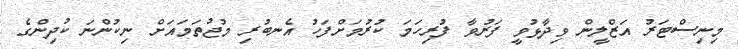
މިނިސްޓަރު އަޒްލީން ވިދާޅުވީ ފަރުވާ ފުރިހަމަ ކުރުމަށްފަހު އެނބުރި މުޖުތަމައަށް ނިކުންނަ ކުދިންގެ